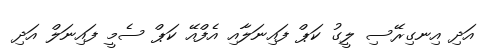
އަދި އިނގިރޭސި ލީގު ކަޕް ފައިނަލާއި އެފްއޭ ކަޕް ސެމީ ފައިނަލް އަދި